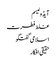
آیڈولیسم
غلط فطرت
اسلامی گفتگو
حقیقی افکار